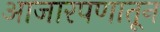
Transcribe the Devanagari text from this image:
आजारपणातून